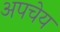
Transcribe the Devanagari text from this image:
अपचेय